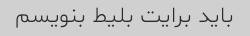
باید برایت بلیط بنویسم